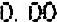
0.00